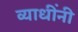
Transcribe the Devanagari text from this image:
व्याधींनी